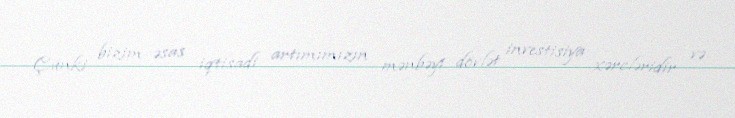
Çünki bizim əsas iqtisadi artımımızın mənbəyi dövlət investisiya xərcləridir və